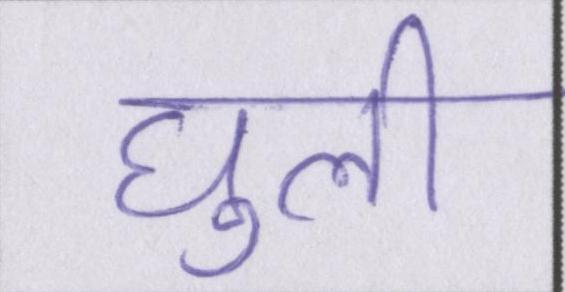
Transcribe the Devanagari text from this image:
घुली